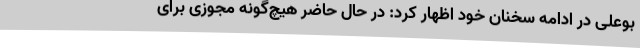
بوعلی در ادامه سخنان خود اظهار کرد: در حال حاضر هیچ‌گونه مجوزی برای